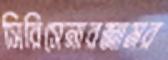
সিরিসেনারজামর